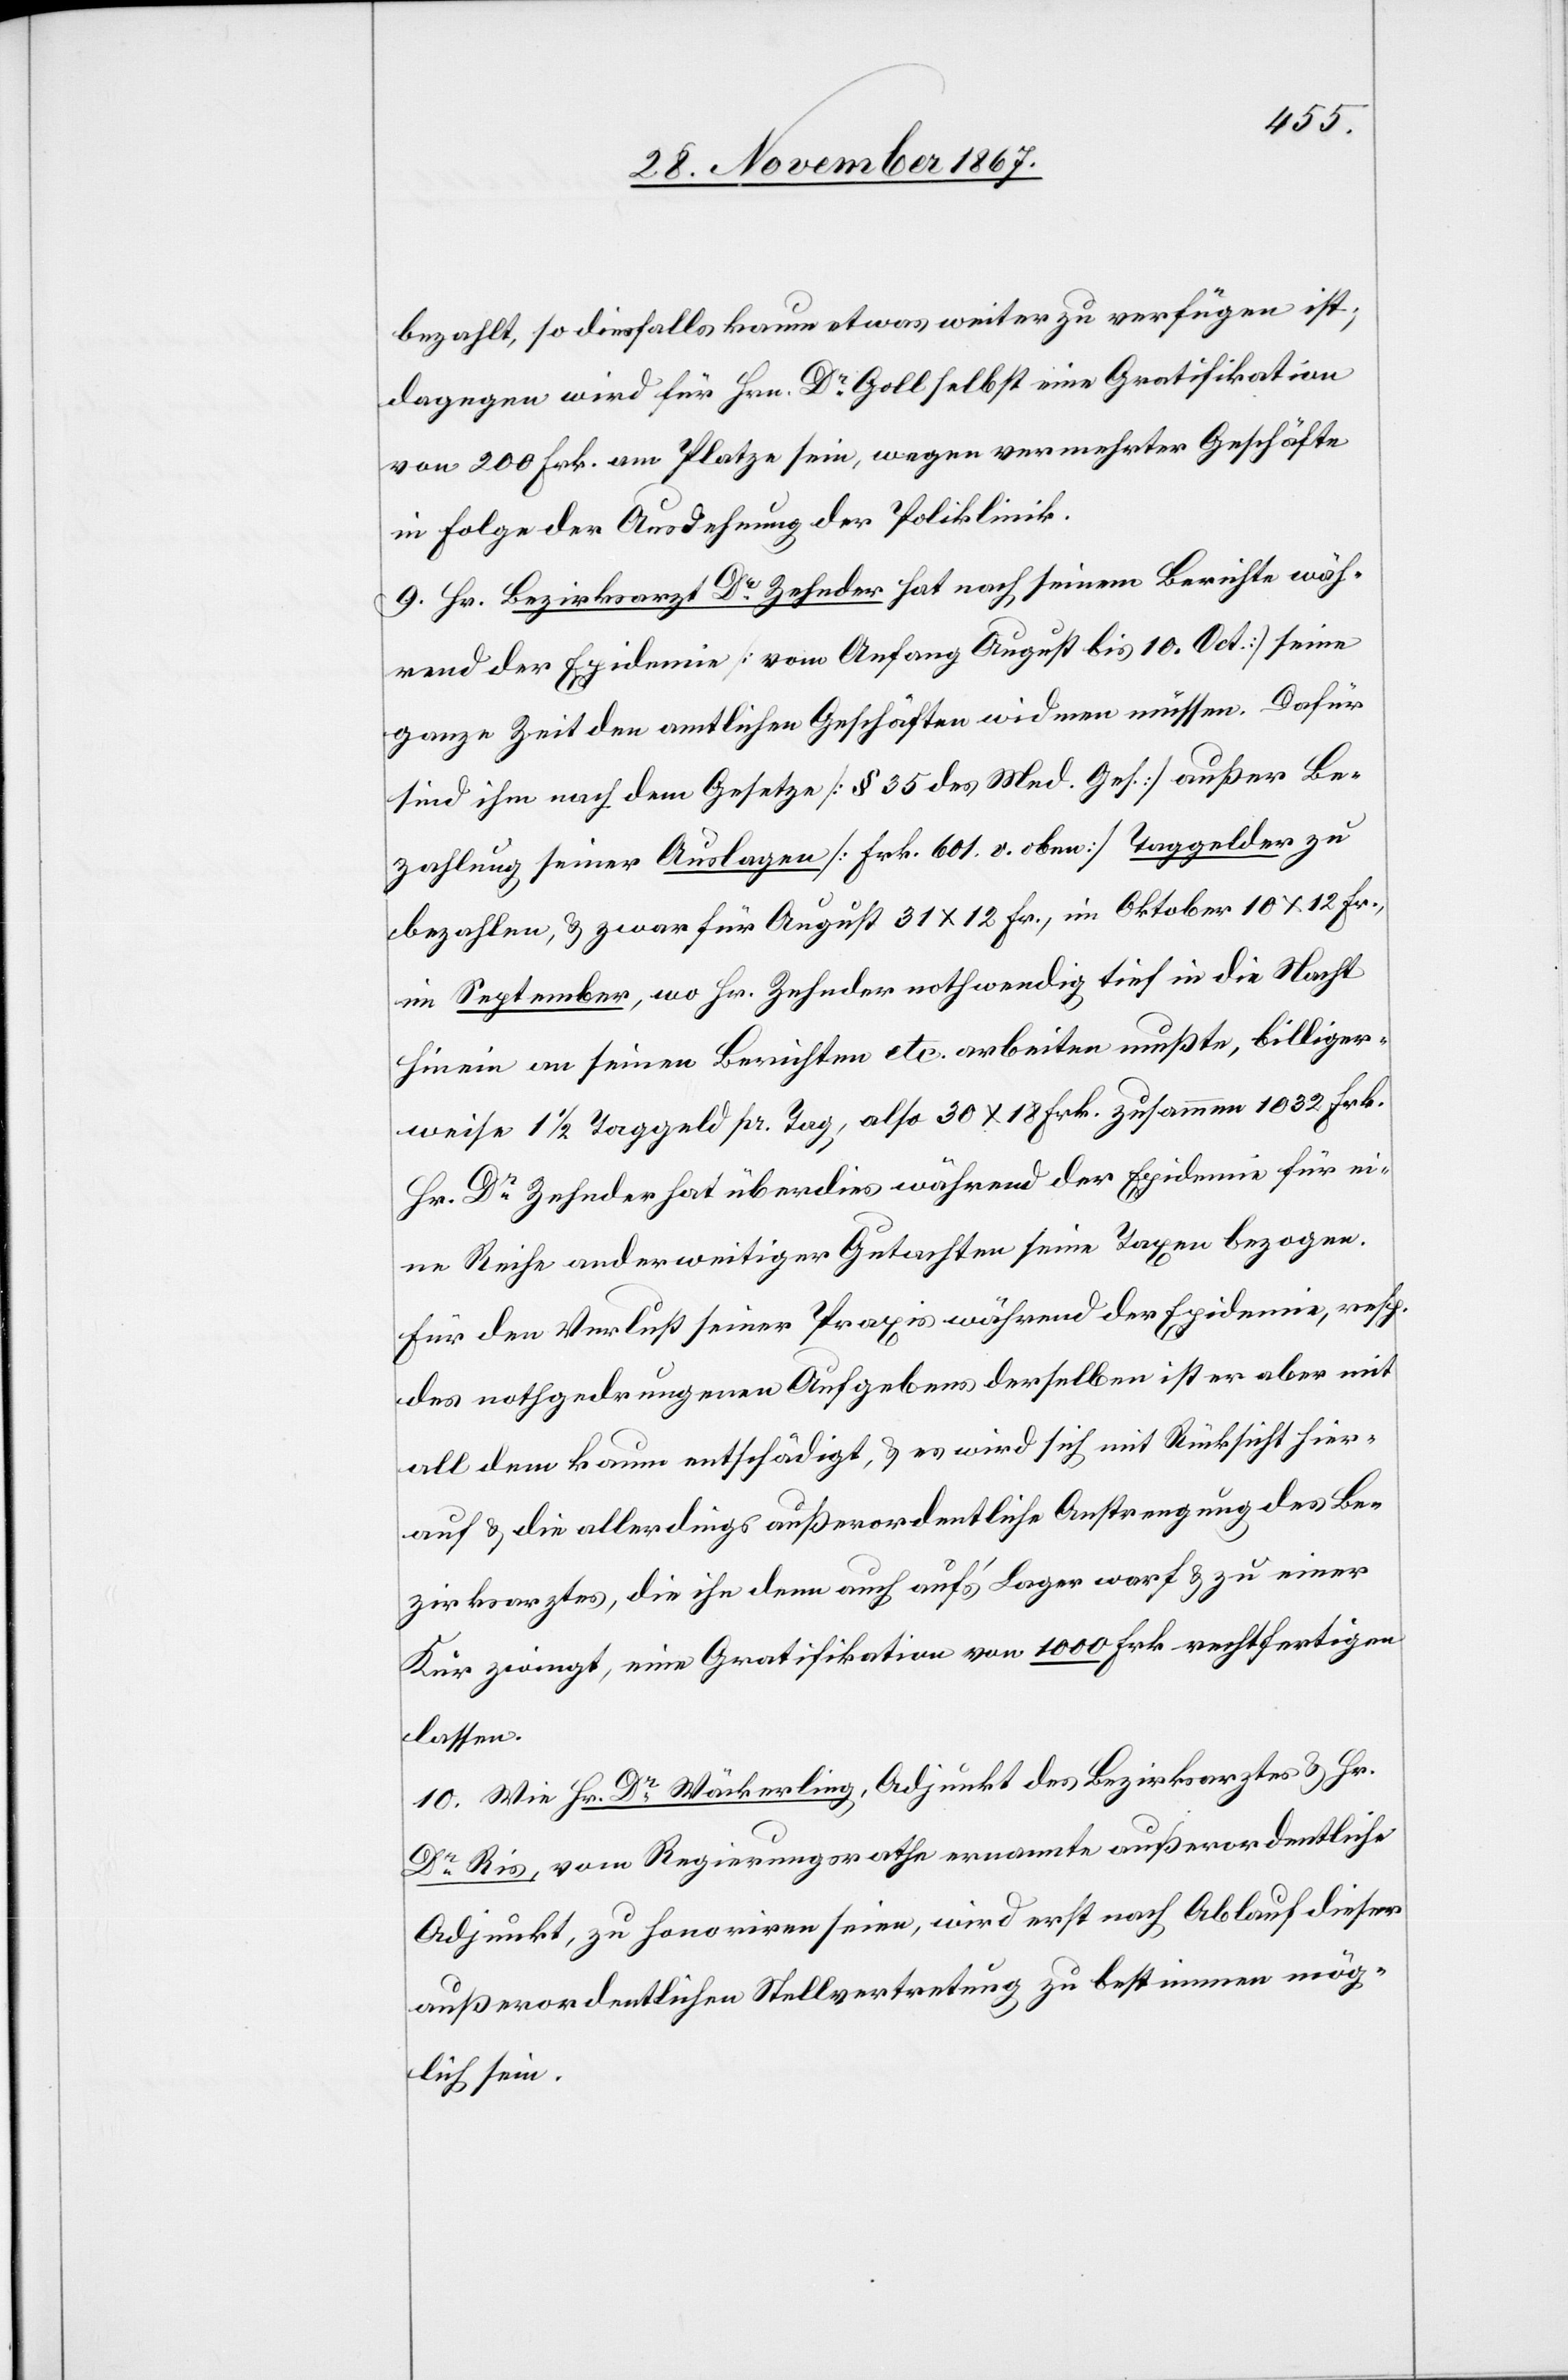
bezahlt, so diesfalls kaum etwas weiter zu verfügen ist;
dagegen wird für Hrn. Dr. Goll selbst eine Gratifikation
von 200 Frk. am Platze sein, wegen vermehrter Geschäfte
in Folge der Ausdehnung der Poliklinik.
9. Hr. Bezirksarzt Dr. Zehnder hat nach seinem Berichte wäh¬
rend der Epidemie [von Anfang bis 10. Oct.] seine
ganze Zeit den amtlichen Geschäften widmen müssen. Dafür
sind ihm nach dem Gesetze [§ 35 des Med. Ges.] außer Be¬
zahlung seiner Auslagen [Frk. 601. v. oben] Taggelder zu
bezahlen, u. zwar für August 31 x 12 Fr., im Oktober 10 x 12 Fr.,
im September, wo Hr. Zehnder nothwendig tief in die Nacht
hinein an seinen Berichten etc. arbeiten mußte, billiger¬
weise 1 ½ Taggeld pr. Tag, also 30 x 18 Frk. zusammen 1032 Frk.
Hr. Dr. Zehnder hat überdies während der Epidemie für ei¬
ne Reihe anderweitiger Gutachten seine Taxen bezogen.
Für den Verlust seiner Praxis während der Epidemie, resp.
des nothgedrungenen Aufgebens derselben ist er aber mit
all dem kaum entschädigt, u. es wird sich mit Rücksicht hier¬
auf u. die allerdings außerordentliche Anstrengung des Be¬
zirsarztes, die ihn denn auch auf’s Lager war u. zu einer
Kur zwingt, eine Gratifikation von 1000 Frk. rechtfertigen
lassen.
10. Wie Hr. Dr. Wäckerling, Adjunkt des Bezirksarztes u. Hr.
Dr. Ris, vom Regierungsrathe ernannte außerordentliche
Adjunkt, zu honoriren seien, wird erst nach Ablauf dieser
außerordentlichen Stellvertretung zu bestimmen mög¬
lich sein.